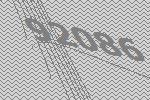
92086